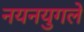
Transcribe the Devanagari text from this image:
नयनयुगले